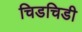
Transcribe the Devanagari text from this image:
चिडचिडी